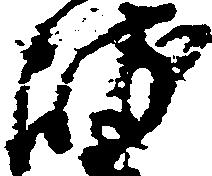
岐